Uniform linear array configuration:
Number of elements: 8
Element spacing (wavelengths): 1
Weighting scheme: hamming
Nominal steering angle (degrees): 45
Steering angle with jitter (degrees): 44.964
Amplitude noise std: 0.05
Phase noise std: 0.05

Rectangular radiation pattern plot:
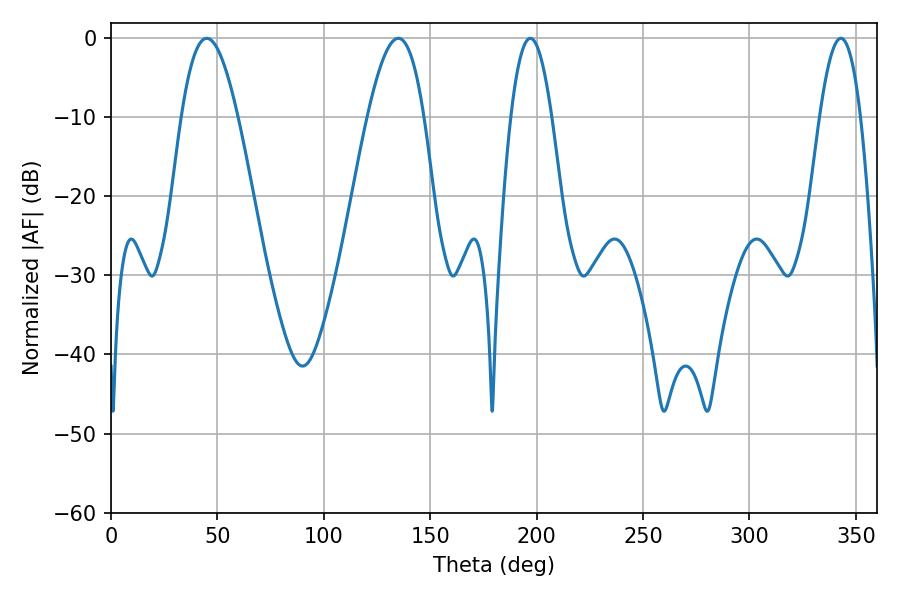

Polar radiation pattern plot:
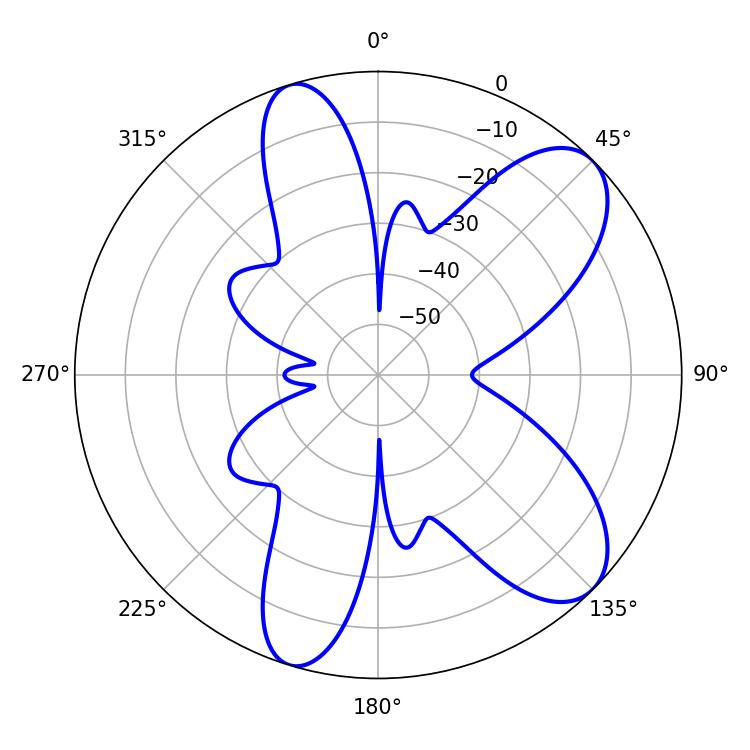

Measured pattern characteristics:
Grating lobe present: TRUE
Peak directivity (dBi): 8.704
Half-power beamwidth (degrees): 14.4
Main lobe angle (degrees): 45